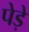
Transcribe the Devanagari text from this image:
पेड़े